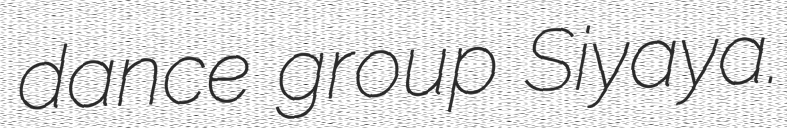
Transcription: dance group Siyaya.